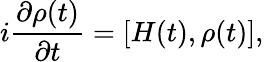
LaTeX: i\frac{\partial\rho(t)}{\partial t}=[H(t),\rho(t)],